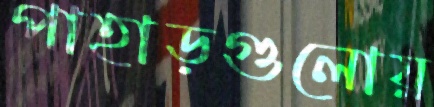
পাহাড়গুলোয়